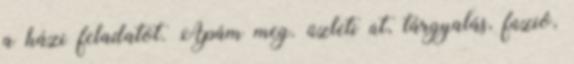
a házi feladatot. Apám meg. üzleti út, tárgyalás, fúzió,